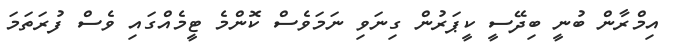
އިމްރާން ބުނީ ބިދޭސީ ކީޕަރުން ގިނަވި ނަމަވެސް ކޮންމެ ޓީމެއްގައި ވެސް ފުރަތަމަ